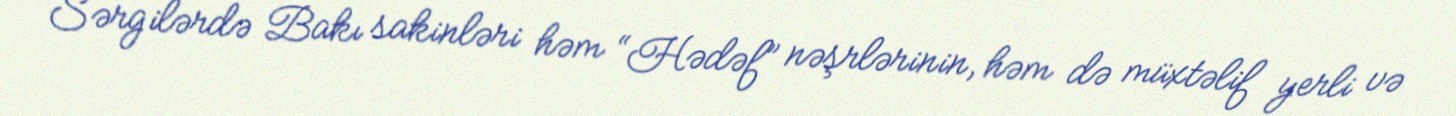
Sərgilərdə Bakı sakinləri həm “Hədəf” nəşrlərinin, həm də müxtəlif yerli və